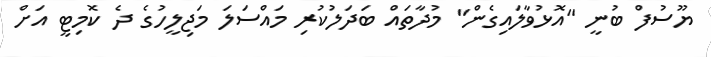
ޔޫސުފް ބުނީ "އޮޅުވާލައިގެން" މުދާތައް ބަދަލުކުރި މައްސަލަ މަޖިލީހުގެ ދެ ކޮމިޓީ އަށް